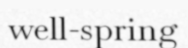
well-spring